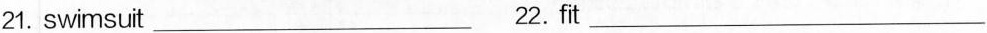
21.Swimsuit_ 22.fit_